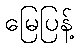
မြေပြန့်